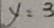
y = 3